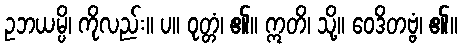
ဥဘယမ္ပိ၊ ကိုလည်း။ ပ။ ဝုတ္တံ၊ ၏။ ဣတိ၊ သို့။ ဝေဒိတဗ္ဗံ၊ ၏။